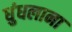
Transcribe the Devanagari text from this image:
धुंधलाना